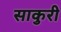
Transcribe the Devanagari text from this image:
साकुरी